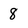
Character: 8